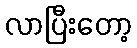
လာပြီးတော့